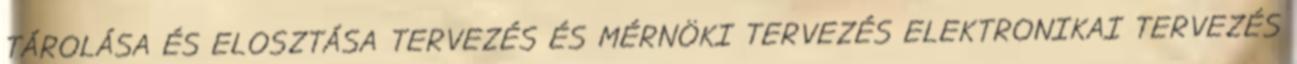
TÁROLÁSA ÉS ELOSZTÁSA TERVEZÉS ÉS MÉRNÖKI TERVEZÉS ELEKTRONIKAI TERVEZÉS